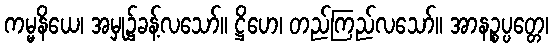
ကမ္မနိယေ၊ အမှု၌ခန့်လသော်။ ဋ္ဌိဟေ၊ တည်ကြည်လသော်။ အာနဉ္စပ္ပတ္တေ၊